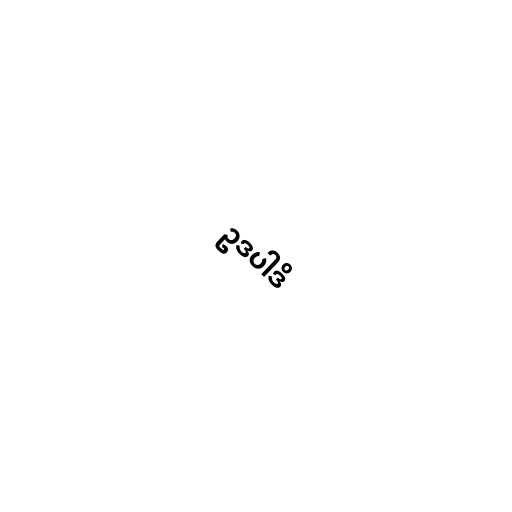
ဥဒပါဒိ